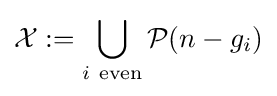
{\mathcal {X}}:=\bigcup _{i\mathrm {\ even} }{\mathcal {P}}(n-g_{i})